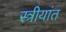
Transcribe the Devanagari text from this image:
स्त्रीयांत